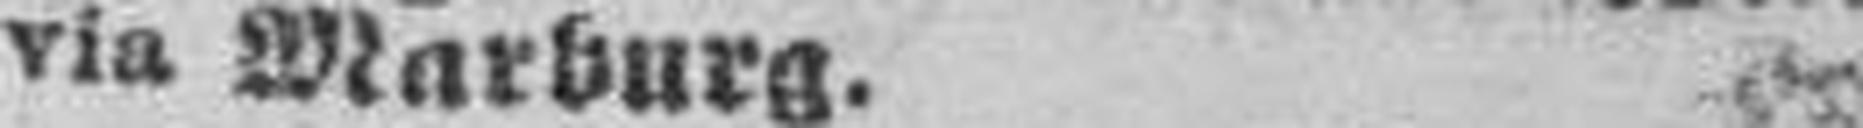
via Marburg.